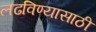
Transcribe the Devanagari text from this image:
लढविण्यासाठी